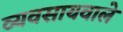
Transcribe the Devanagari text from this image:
व्यवसायवाले